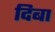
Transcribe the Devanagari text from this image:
दिबा